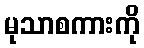
မုသာစကားကို